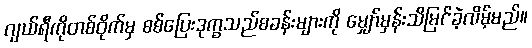
ဂျယ်ရီကိုတစ်ဝိုက်မှ စစ်ပြေးဒုက္ခသည်စခန်းများကို မျှော်မှန်းသိမြင်ခဲ့လိမ့်မည်။